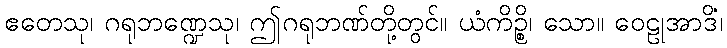
ဧတေသု၊ ဂရုဘဏ္ဍေသု၊ ဤဂရုဘဏ်တို့တွင်။ ယံကိဉ္စိ၊ သော။ ဝေဠုအာဒိံ၊